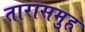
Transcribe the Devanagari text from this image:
तारासमुह